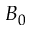
B _ { 0 }